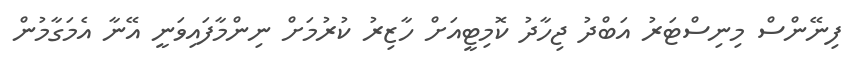
ފިނޭންސް މިނިސްޓަރު އަބްދު ޖިހާދު ކޮމިޓީއަށް ހާޒިރު ކުރުމަށް ނިންމާފައިވަނީ އޭނާ އެމަގާމުން